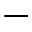
-